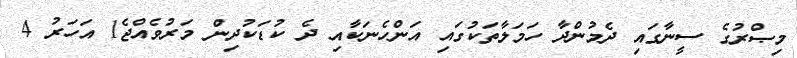
މިޞްރުގެ ސީނާގައި ދެމުންދާ ހަމަލާތަކުގައި އަންހެނަކާއި ދެ ކުޑަކުދިން މަރުވެއްޖެ1 އަހަރު 4